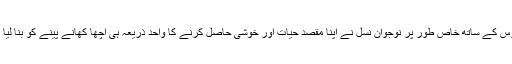
افسوس کے ساتھ خاص طور پر نوجوان نسل نے اپنا مقصدِ حیات اور خوشی حاصل کرنے کا واحد ذریعہ ہی اچھا کھانے پینے کو بنا لیا ہے۔